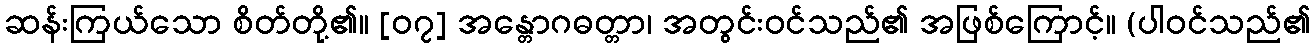
ဆန်းကြယ်သော စိတ်တို့၏။ [၀၇] အန္တောဂဓတ္တာ၊ အတွင်းဝင်သည်၏ အဖြစ်ကြောင့်။ (ပါဝင်သည်၏